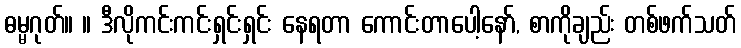
ဓမ္မဂုတ်။ ။ ဒီလိုကင်းကင်းရှင်းရှင်း နေရတာ ကောင်းတာပေါ့နော်, စာကိုချည်း တစ်ဖက်သတ်